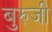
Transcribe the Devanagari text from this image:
बुरुजी